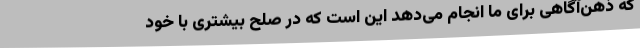
که ذهن‌آگاهی برای ما انجام می‌دهد این است که در صلح بیشتری با خود